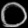
Digit: ၀